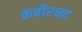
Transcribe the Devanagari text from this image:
कबीरच्या